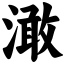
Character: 澉